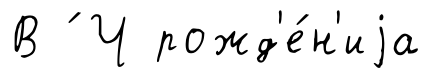
В ́ Ч рожд'е́н'иjа